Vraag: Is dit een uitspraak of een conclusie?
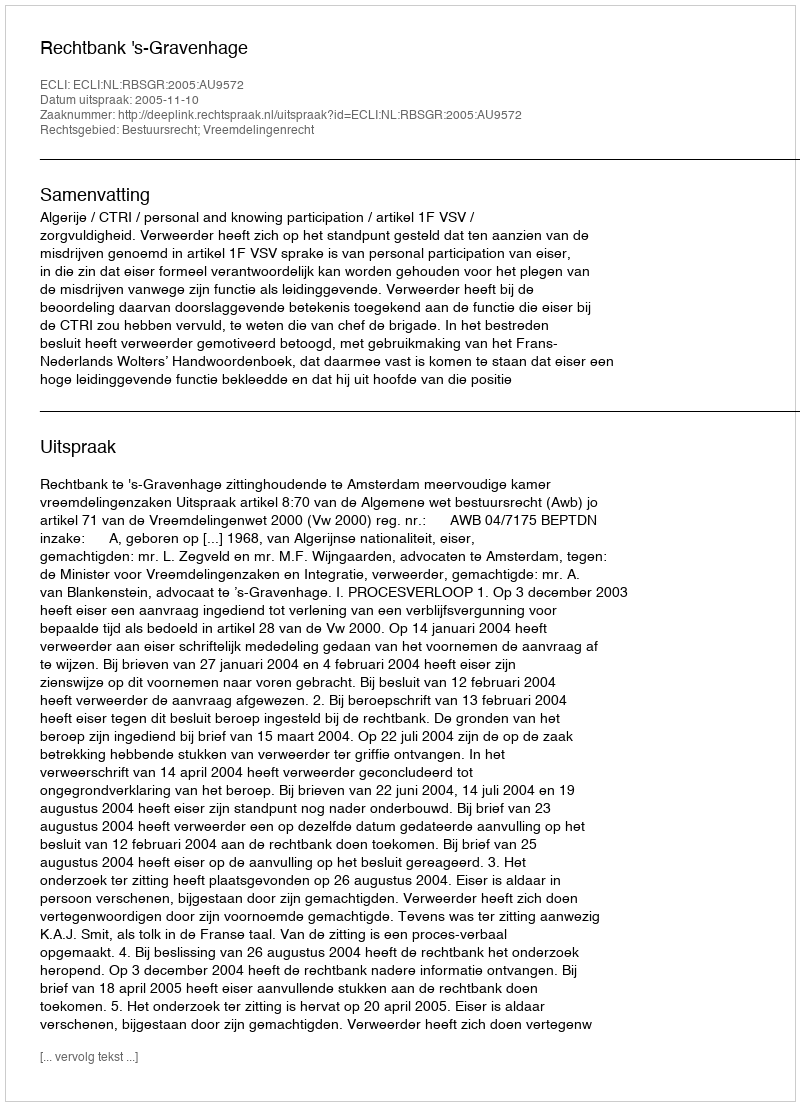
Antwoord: Uitspraak